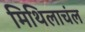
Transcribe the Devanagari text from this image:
मिथिलाचंल